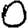
Digit: 0